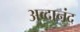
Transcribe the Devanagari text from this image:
अव्दानंद